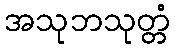
အသုဘသုတ္တံ